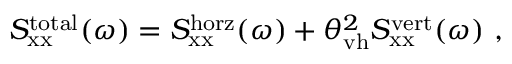
S _ { \mathrm { x x } } ^ { \mathrm { t o t a l } } ( \omega ) = S _ { \mathrm { x x } } ^ { \mathrm { h o r z } } ( \omega ) + \theta _ { \mathrm { v h } } ^ { 2 } S _ { \mathrm { x x } } ^ { \mathrm { v e r t } } ( \omega ) ~ ,